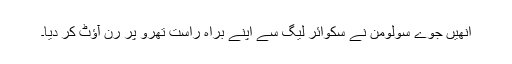
انھیں جوے سولومن نے سكوائر لیگ سے اپنے براہ راست تھرو پر رن آؤٹ کر دیا۔